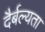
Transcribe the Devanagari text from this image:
दैर्बल्यता